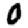
Digit: 0